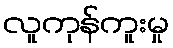
လူကုန်ကူးမှု